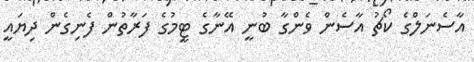
އާސެނަލްގެ ކޯޗު އާސެން ވެންގާ ބުނީ އޭނާގެ ޓީމުގެ ފަރާތުން ފެނިގެން ދިޔައީ